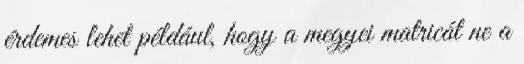
érdemes lehet például, hogy a megyei matricát ne a